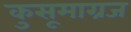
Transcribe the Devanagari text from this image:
कुसूमाग्रज